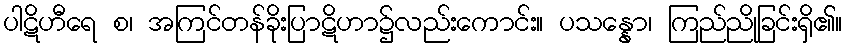
ပါဋိဟီရေ စ၊ အကြင်တန်ခိုးပြာဋိဟာ၌လည်းကောင်း။ ပသန္နော၊ ကြည်ညိုခြင်းရှိ၏။